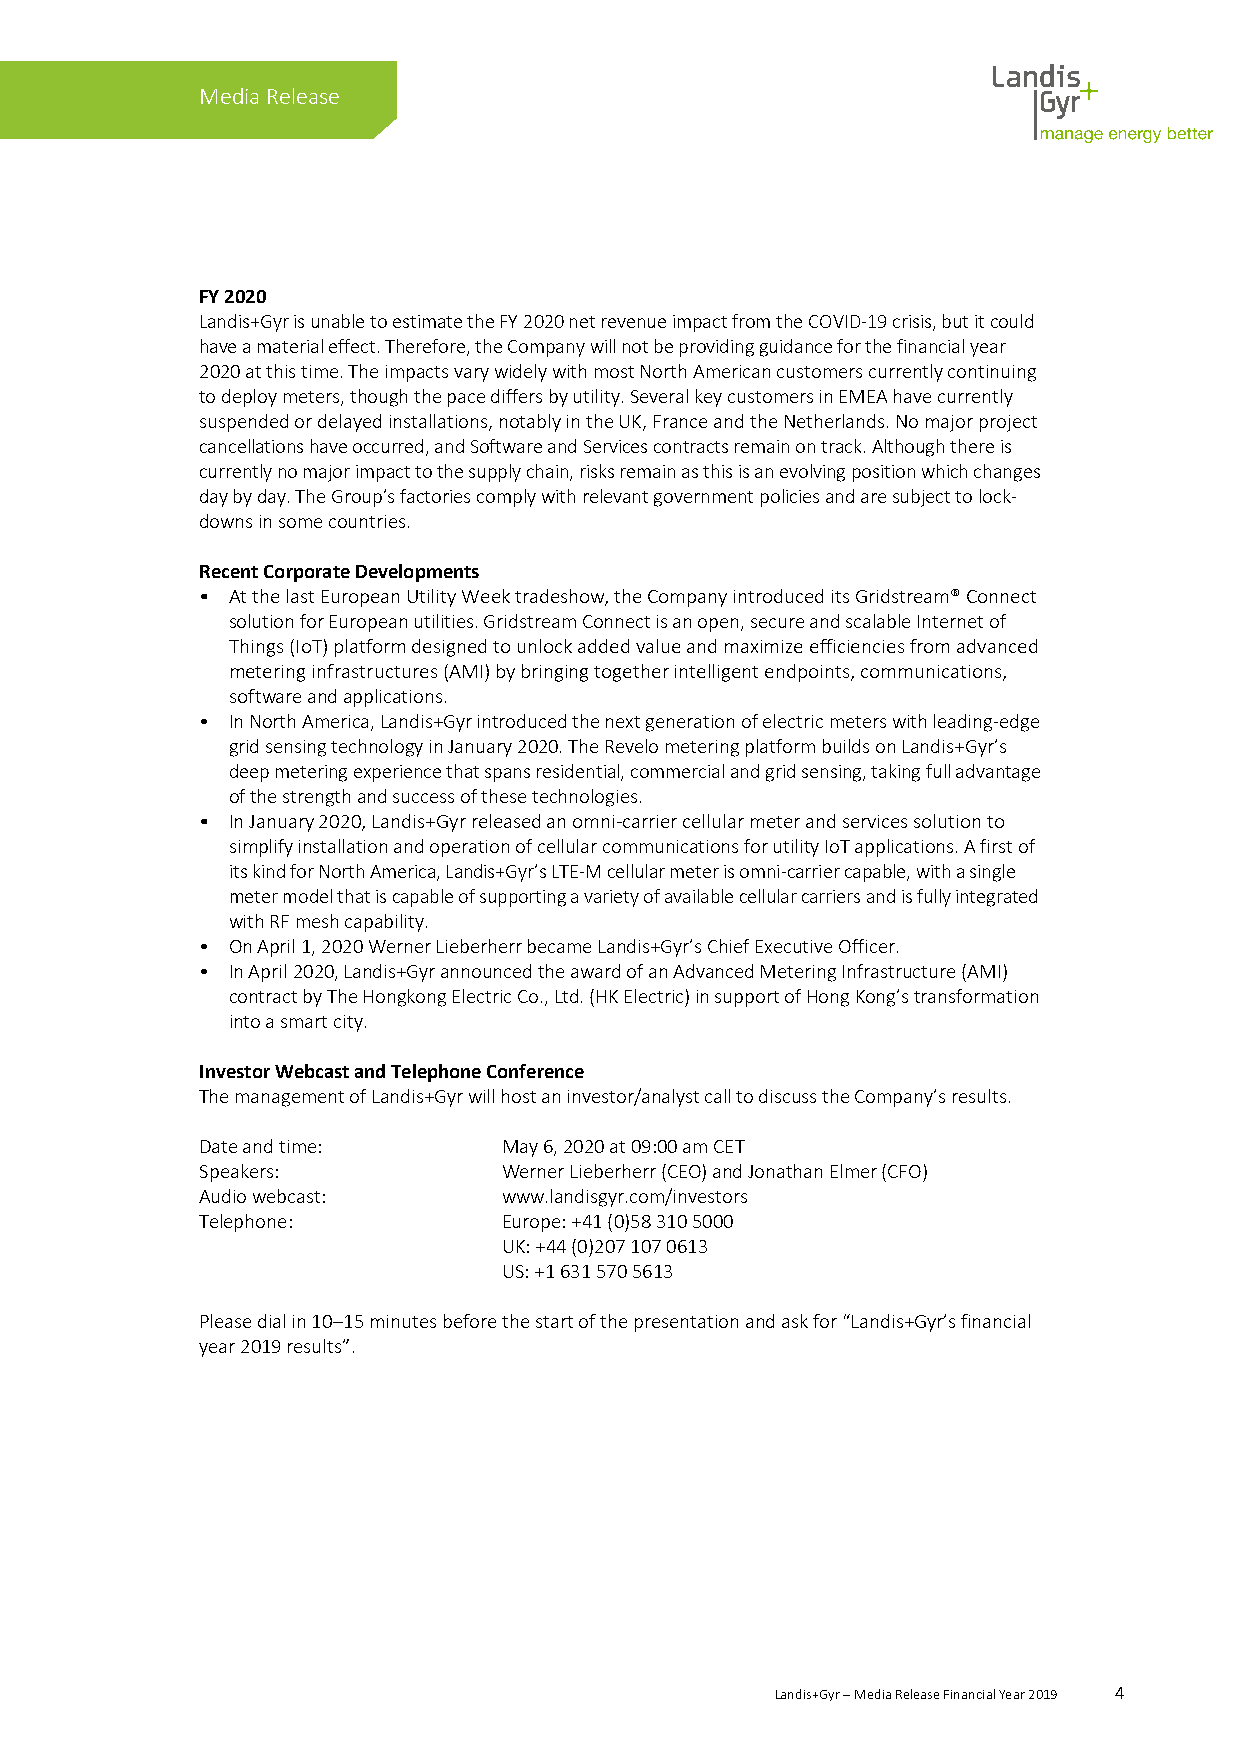
Media Release
 FY 2020
 Landis+Gyr is unable to estimate the FY 2020 net revenue impact from the COVID-19 crisis, but it could
 have a material effect. Therefore, the Company will not be providing guidance for the financial year
 2020 at this time. The impacts vary widely with most North American customers currently continuing
 to deploy meters, though the pace differs by utility. Several key customers in EMEA have currently
 suspended or delayed installations, notably in the UK, France and the Netherlands. No major project
 cancellations have occurred, and Software and Services contracts remain on track. Although there is
 currently no major impact to the supply chain, risks remain as this is an evolving position which changes
 day by day. The Group’s factories comply with relevant government policies and are subject to lock-
 downs in some countries.
 Recent Corporate Developments
 • At the last European Utility Week tradeshow, the Company introduced its Gridstream® Connect
 solution for European utilities. Gridstream Connect is an open, secure and scalable Internet of
 Things (IoT) platform designed to unlock added value and maximize efficiencies from advanced
 metering infrastructures (AMI) by bringing together intelligent endpoints, communications,
 software and applications.
 • In North America, Landis+Gyr introduced the next generation of electric meters with leading-edge
 grid sensing technology in January 2020. The Revelo metering platform builds on Landis+Gyr’s
 deep metering experience that spans residential, commercial and grid sensing, taking full advantage
 of the strength and success of these technologies.
 • In January 2020, Landis+Gyr released an omni-carrier cellular meter and services solution to
 simplify installation and operation of cellular communications for utility IoT applications. A first of
 its kind for North America, Landis+Gyr’s LTE-M cellular meter is omni-carrier capable, with a single
 meter model that is capable of supporting a variety of available cellular carriers and is fully integrated
 with RF mesh capability.
 • On April 1, 2020 Werner Lieberherr became Landis+Gyr’s Chief Executive Officer.
 • In April 2020, Landis+Gyr announced the award of an Advanced Metering Infrastructure (AMI)
 contract by The Hongkong Electric Co., Ltd. (HK Electric) in support of Hong Kong’s transformation
 into a smart city.
 Investor Webcast and Telephone Conference
 The management of Landis+Gyr will host an investor/analyst call to discuss the Company’s results.
 Date and time:      May 6, 2020 at 09:00 am CET
 Speakers:           Werner Lieberherr (CEO) and Jonathan Elmer (CFO)
 Audio webcast:      www.landisgyr.com/investors
 Telephone:          Europe: +41 (0)58 310 5000
 UK: +44 (0)207 107 0613
 US: +1 631 570 5613
 Please dial in 10–15 minutes before the start of the presentation and ask for “Landis+Gyrʼs financial
 year 2019 results”.
 Landis+Gyr – Media Release Financial Year 2019 4